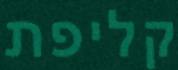
קליפת